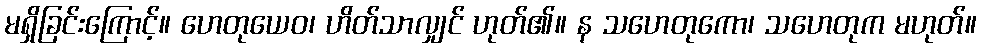
မရှိခြင်းကြောင့်။ ဟေတုယေဝ၊ ဟိတ်သာလျှင် ဟုတ်၏။ န သဟေတုကော၊ သဟေတုက မဟုတ်။